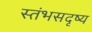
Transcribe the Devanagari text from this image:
स्तंभसदृष्य